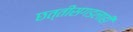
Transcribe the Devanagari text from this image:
छत्तीसगडलाही